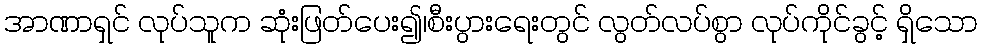
အာဏာရှင် လုပ်သူက ဆုံးဖြတ်ပေး၍၊စီးပွားရေးတွင် လွတ်လပ်စွာ လုပ်ကိုင်ခွင့် ရှိသော